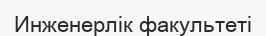
Инженерлік факультеті